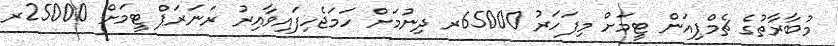
މުބާރާތުގެ ޗެމްޕިއަން ޓީމަށް މިފަހަރު 65000ރ ދިނުމަށް ހަމަޖެހިފައިވާއިރު ރަނަރަޕް ޓީމަށް 25000ރ